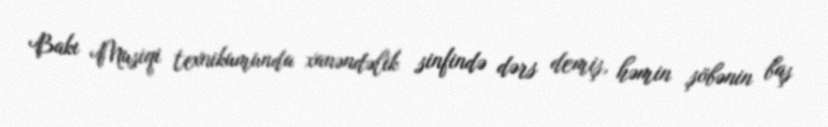
Bakı Musiqi texnikumunda xanəndəlik sinfində dərs demiş, həmin şöbənin baş